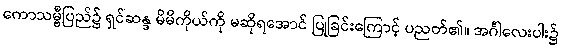
ကောသမ္ဗီပြည်၌ ရှင်ဆန္ဒ မိမိကိုယ်ကို မဆိုရအောင် ပြုခြင်းကြောင့် ပညတ်၏။ အင်္ဂါလေးပါး၌